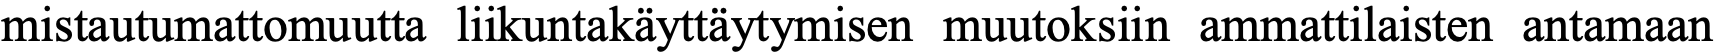
mistautumattomuutta liikuntakäyttäytymisen muutoksiin ammattilaisten antamaan